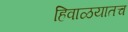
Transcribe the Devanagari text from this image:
हिवाळयातच